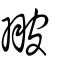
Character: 翍